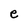
Character: e